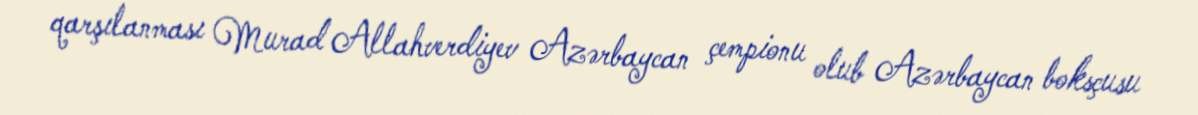
qarşılanması Murad Allahverdiyev Azərbaycan çempionu olub Azərbaycan boksçusu